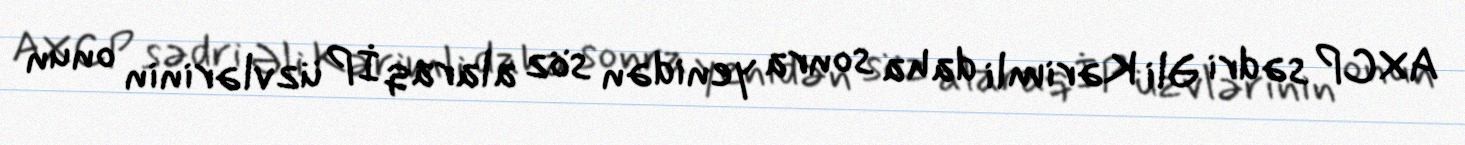
AXCP sədri Əli Kərimli daha sonra yenidən söz alaraq İP üzvlərinin onun